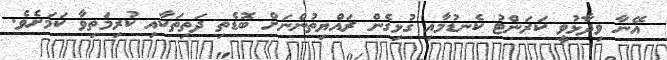
އޭނާ ވިދާޅުވީ ކަރަންޓު ކެނޑުމާއި ގުޅިގެން ރައްޔިތުންނަށް ބޮޑެތި ދަތިތަކާއި ކުރިމަތިވާ ކަމަށެވެ.